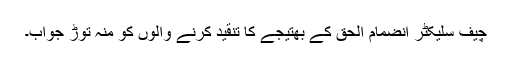
چیف سلیکٹر انضمام الحق کے بھتیجے کا تنقید کرنے والوں کو منہ توڑ جواب۔